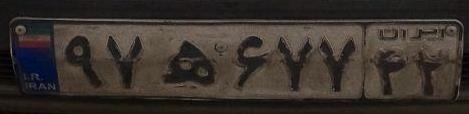
۹۷ه۶۷۷۴۲